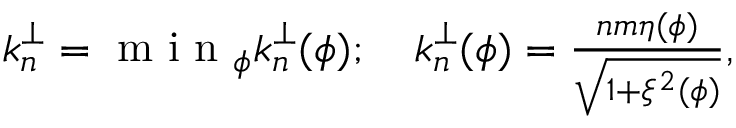
\begin{array} { r } { k _ { n } ^ { \perp } = \textrm { m i n } _ { \phi } k _ { n } ^ { \perp } ( \phi ) ; \quad k _ { n } ^ { \perp } ( \phi ) = \frac { n m \eta ( \phi ) } { \sqrt { 1 + \xi ^ { 2 } ( \phi ) } } , } \end{array}